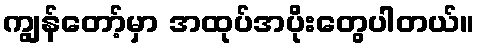
ကျွန်တော့်မှာ အထုပ်အပိုးတွေပါတယ်။